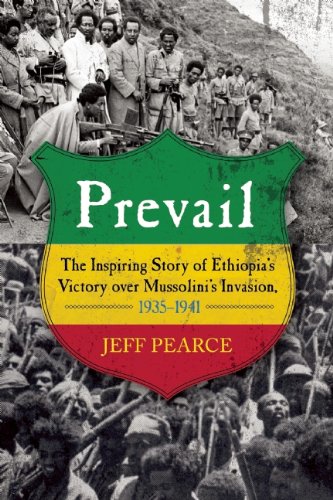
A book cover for Prevail: The Inspiring Story of Ethiopia's Victory over Mussolini's Invasion, 1935EE1941; Jeff Pearce; History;